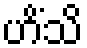
ဟိံသိ